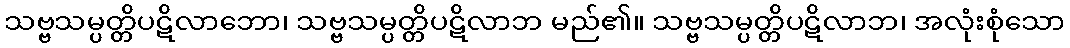
သဗ္ဗသမ္ပတ္တိပဋိလာဘော၊ သဗ္ဗသမ္ပတ္တိပဋိလာဘ မည်၏။ သဗ္ဗသမ္ပတ္တိပဋိလာဘ၊ အလုံးစုံသော